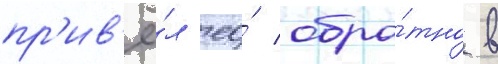
пр'ив'ё́л ео́ обра́тно в